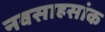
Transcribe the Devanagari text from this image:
नवसाहसांक